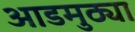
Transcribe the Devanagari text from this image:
आडमुठ्या